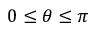
0 \le \theta \le \pi